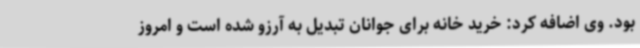
بود. وی اضافه کرد: خرید خانه برای جوانان تبدیل به آرزو شده است و امروز